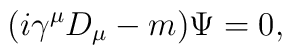
(i \gamma ^{\mu} D_{\mu}-m) \Psi = 0,